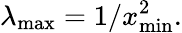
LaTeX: \lambda_{\operatorname*{max}}=1/x_{\operatorname*{min}}^{2}.